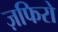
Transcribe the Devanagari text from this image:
ज़फिरो